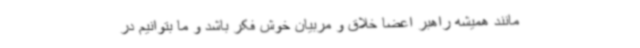
مانند همیشه راهبر اعضا خلاق و مربیان خوش فکر باشد و ما بتوانیم در